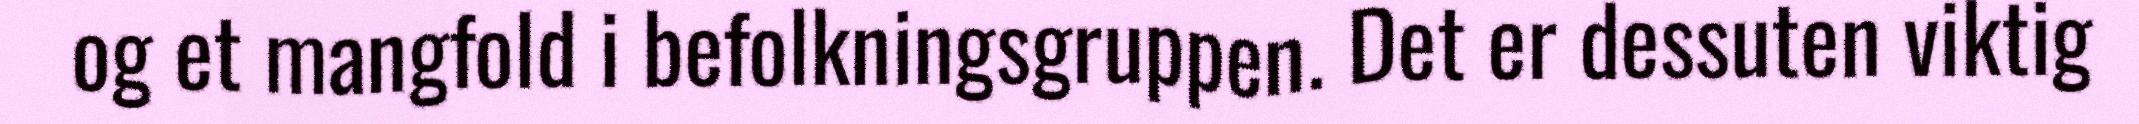
og et mangfold i befolkningsgruppen. Det er dessuten viktig